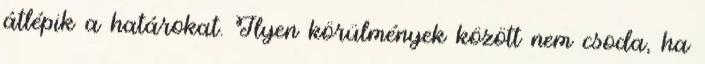
átlépik a határokat. Ilyen körülmények között nem csoda, ha